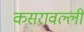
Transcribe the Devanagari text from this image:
कसरावल्ली